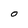
Character: O